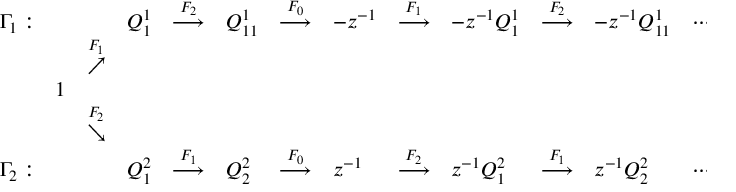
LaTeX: \begin{array} { l l l l l l l l l l l l l } { { \Gamma _ { 1 } : } } & { { } } & { { } } & { { Q _ { 1 } ^ { 1 } } } & { { \stackrel { F _ { 2 } } { \longrightarrow } } } & { { Q _ { 1 1 } ^ { 1 } } } & { { \stackrel { F _ { 0 } } { \longrightarrow } } } & { { - z ^ { - 1 } } } & { { \stackrel { F _ { 1 } } { \longrightarrow } } } & { { - z ^ { - 1 } Q _ { 1 } ^ { 1 } } } & { { \stackrel { F _ { 2 } } { \longrightarrow } } } & { { - z ^ { - 1 } Q _ { 1 1 } ^ { 1 } } } & { { \cdots } } \\ { { } } & { { } } & { { \stackrel { F _ { 1 } } { \nearrow } } } & { { } } & { { } } & { { } } & { { } } & { { } } & { { } } & { { } } & { { } } & { { } } & { { } } \\ { { } } & { { 1 } } & { { } } & { { } } & { { } } & { { } } & { { } } & { { } } & { { } } & { { } } & { { } } & { { } } & { { } } \\ { { } } & { { } } & { { \stackrel { F _ { 2 } } { \searrow } } } & { { } } & { { } } & { { } } & { { } } & { { } } & { { } } & { { } } & { { } } & { { } } & { { } } \\ { { \Gamma _ { 2 } : } } & { { } } & { { } } & { { Q _ { 1 } ^ { 2 } } } & { { \stackrel { F _ { 1 } } { \longrightarrow } } } & { { Q _ { 2 } ^ { 2 } } } & { { \stackrel { F _ { 0 } } { \longrightarrow } } } & { { z ^ { - 1 } } } & { { \stackrel { F _ { 2 } } { \longrightarrow } } } & { { z ^ { - 1 } Q _ { 1 } ^ { 2 } } } & { { \stackrel { F _ { 1 } } { \longrightarrow } } } & { { z ^ { - 1 } Q _ { 2 } ^ { 2 } } } & { { \cdots } } \end{array}